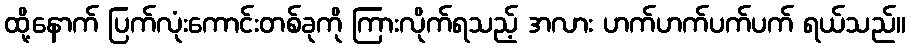
ထို့နောက် ပြက်လုံးကောင်းတစ်ခုကို ကြားလိုက်ရသည့် အလား ဟက်ဟက်ပက်ပက် ရယ်သည်။